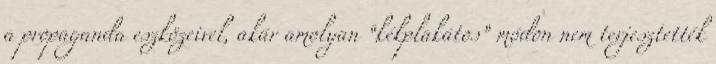
a propaganda eszközeivel, akár amolyan “kékplakátos” módon nem terjesztették